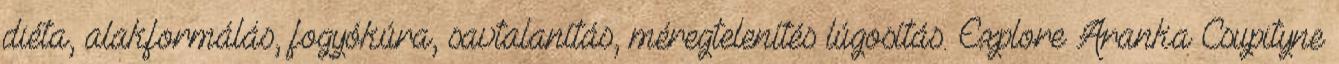
diéta, alakformálás, fogyókúra, savtalanítás, méregtelenítés lúgosítás. Explore Aranka Csupityne